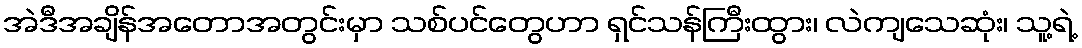
အဲဒီအချိန်အတောအတွင်းမှာ သစ်ပင်တွေဟာ ရှင်သန်ကြီးထွား၊ လဲကျသေဆုံး၊ သူ့ရဲ့